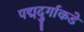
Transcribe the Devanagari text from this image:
पद्मदुर्गाकडे